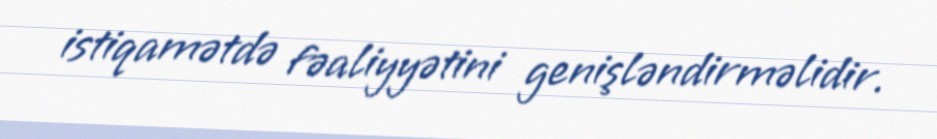
istiqamətdə fəaliyyətini genişləndirməlidir.